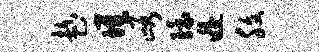
趁堆峪环逅腹